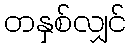
တနှစ်လျှင်